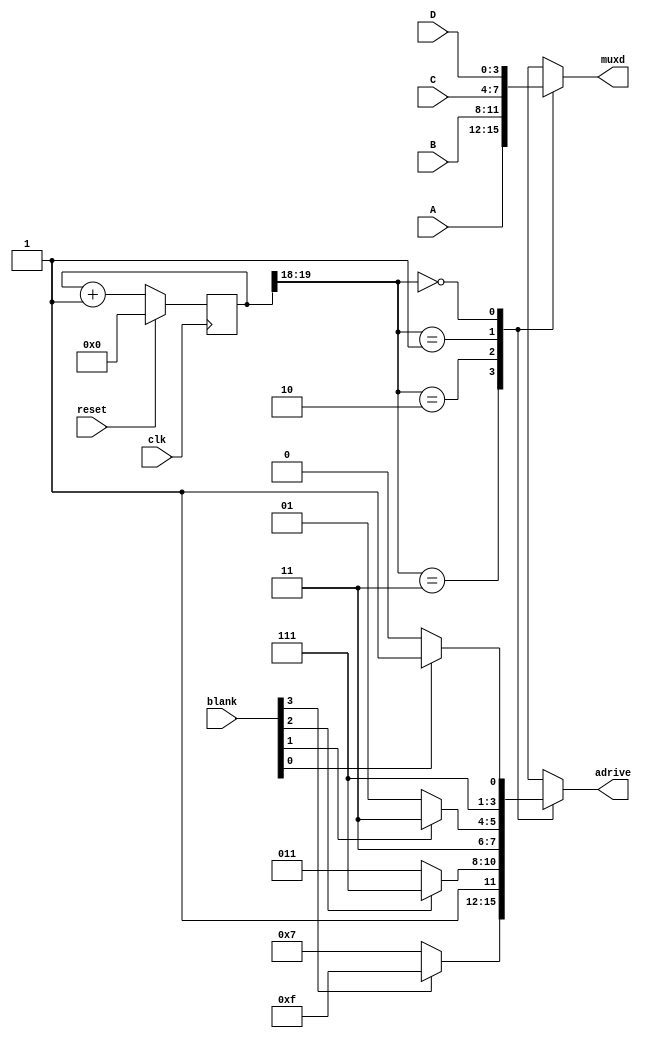
//--------------------------------------------------------------------
//
//  Company:    University of Wyoming
//  Module:     mux4machine.v
//  Version:    1.0.0
//  Date        04/29/2021
//
//--------------------------------------------------------------------

module mux4machine(muxd, adrive, A, B, C, D, clk, reset, blank);
	output reg [3:0] muxd;
	output reg [3:0] adrive;
	input [3:0] A, B, C, D, blank;
	input clk, reset;
	
	parameter NUMSVAR=20;
	
	reg [NUMSVAR:1] nS, S;
	
	always @(posedge clk) begin
		if (reset) S <= 0;
		else S <= nS;
		end
		
	always @(S) begin
		nS = S + 1;
		end
		
	always @(S[NUMSVAR:NUMSVAR-1], A, B, C, D, blank) begin
		case(S[NUMSVAR:NUMSVAR-1])
			2'b11: begin muxd=A; adrive=(!blank[3] ? 4'b0111: 4'b1111); end
			2'b10: begin muxd=B; adrive=(!blank[2] ? 4'b1011: 4'b1111); end
			2'b01: begin muxd=C; adrive=(!blank[1] ? 4'b1101: 4'b1111); end
			2'b00: begin muxd=D; adrive=(!blank[0] ? 4'b1110: 4'b1111); end
			default: begin muxd=A; adrive=4'b1111; end
		endcase
		end
endmodule